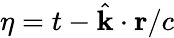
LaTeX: \eta=t-\hat{\mathbf{k}}\cdot\mathbf{r}/c